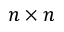
n \times n